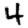
Digit: 4